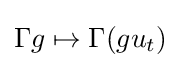
\Gamma g\mapsto \Gamma (gu_{t})